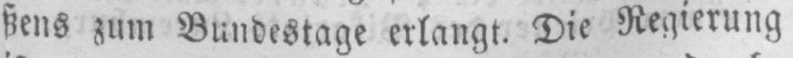
ßens zum Bundestage erlangt. Die Regierung